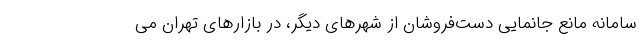
سامانه مانع جانمایی دست‌فروشان از شهرهای دیگر، در بازارهای تهران می